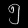
Digit: ၅